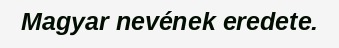
Magyar nevének eredete.